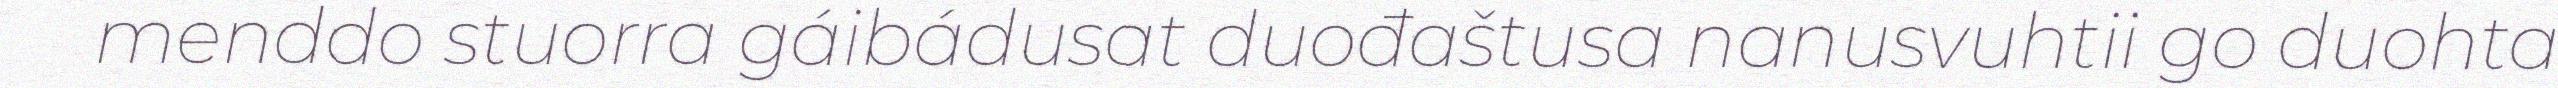
menddo stuorra gáibádusat duođaštusa nanusvuhtii go duohta